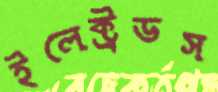
ইলেক্ট্রডস